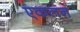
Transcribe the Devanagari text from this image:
एकलन